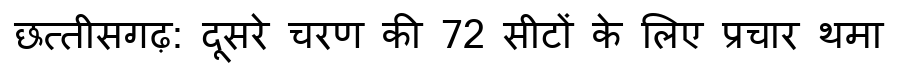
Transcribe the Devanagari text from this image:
छत्तीसगढ़: दूसरे चरण की 72 सीटों के लिए प्रचार थमा